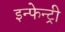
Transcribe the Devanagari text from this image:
इन्फेन्ट्री